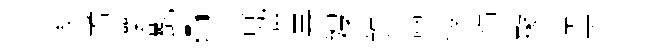
涘耆攘㲲。瞢譔暴嫂錐禀葭饰聚齋羙